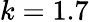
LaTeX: k=1.7